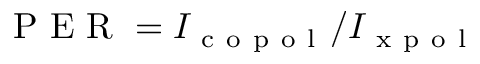
\mathrm { ~ P ~ E ~ R ~ } = I _ { \mathrm { ~ c ~ o ~ p ~ o ~ l ~ } } / I _ { \mathrm { ~ x ~ p ~ o ~ l ~ } }